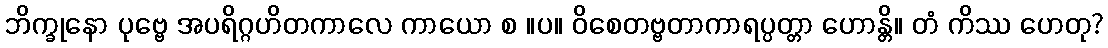
ဘိက္ခုနော ပုဗ္ဗေ အပရိဂ္ဂဟိတကာလေ ကာယော စ ။ပ။ ဝိစေတဗ္ဗတာကာရပ္ပတ္တာ ဟောန္တိ။ တံ ကိဿ ဟေတု?